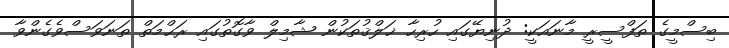
ބިސްމީގެ ތަފްސީރީ މާނައަކީ: ދުނިޔޭގައި ހުރިހާ ޚަލްޤުތަކުން ޝާމިލް ވާގޮތުގައި ރަޙްމަތް ތަނަވަސްވެގެންވާ